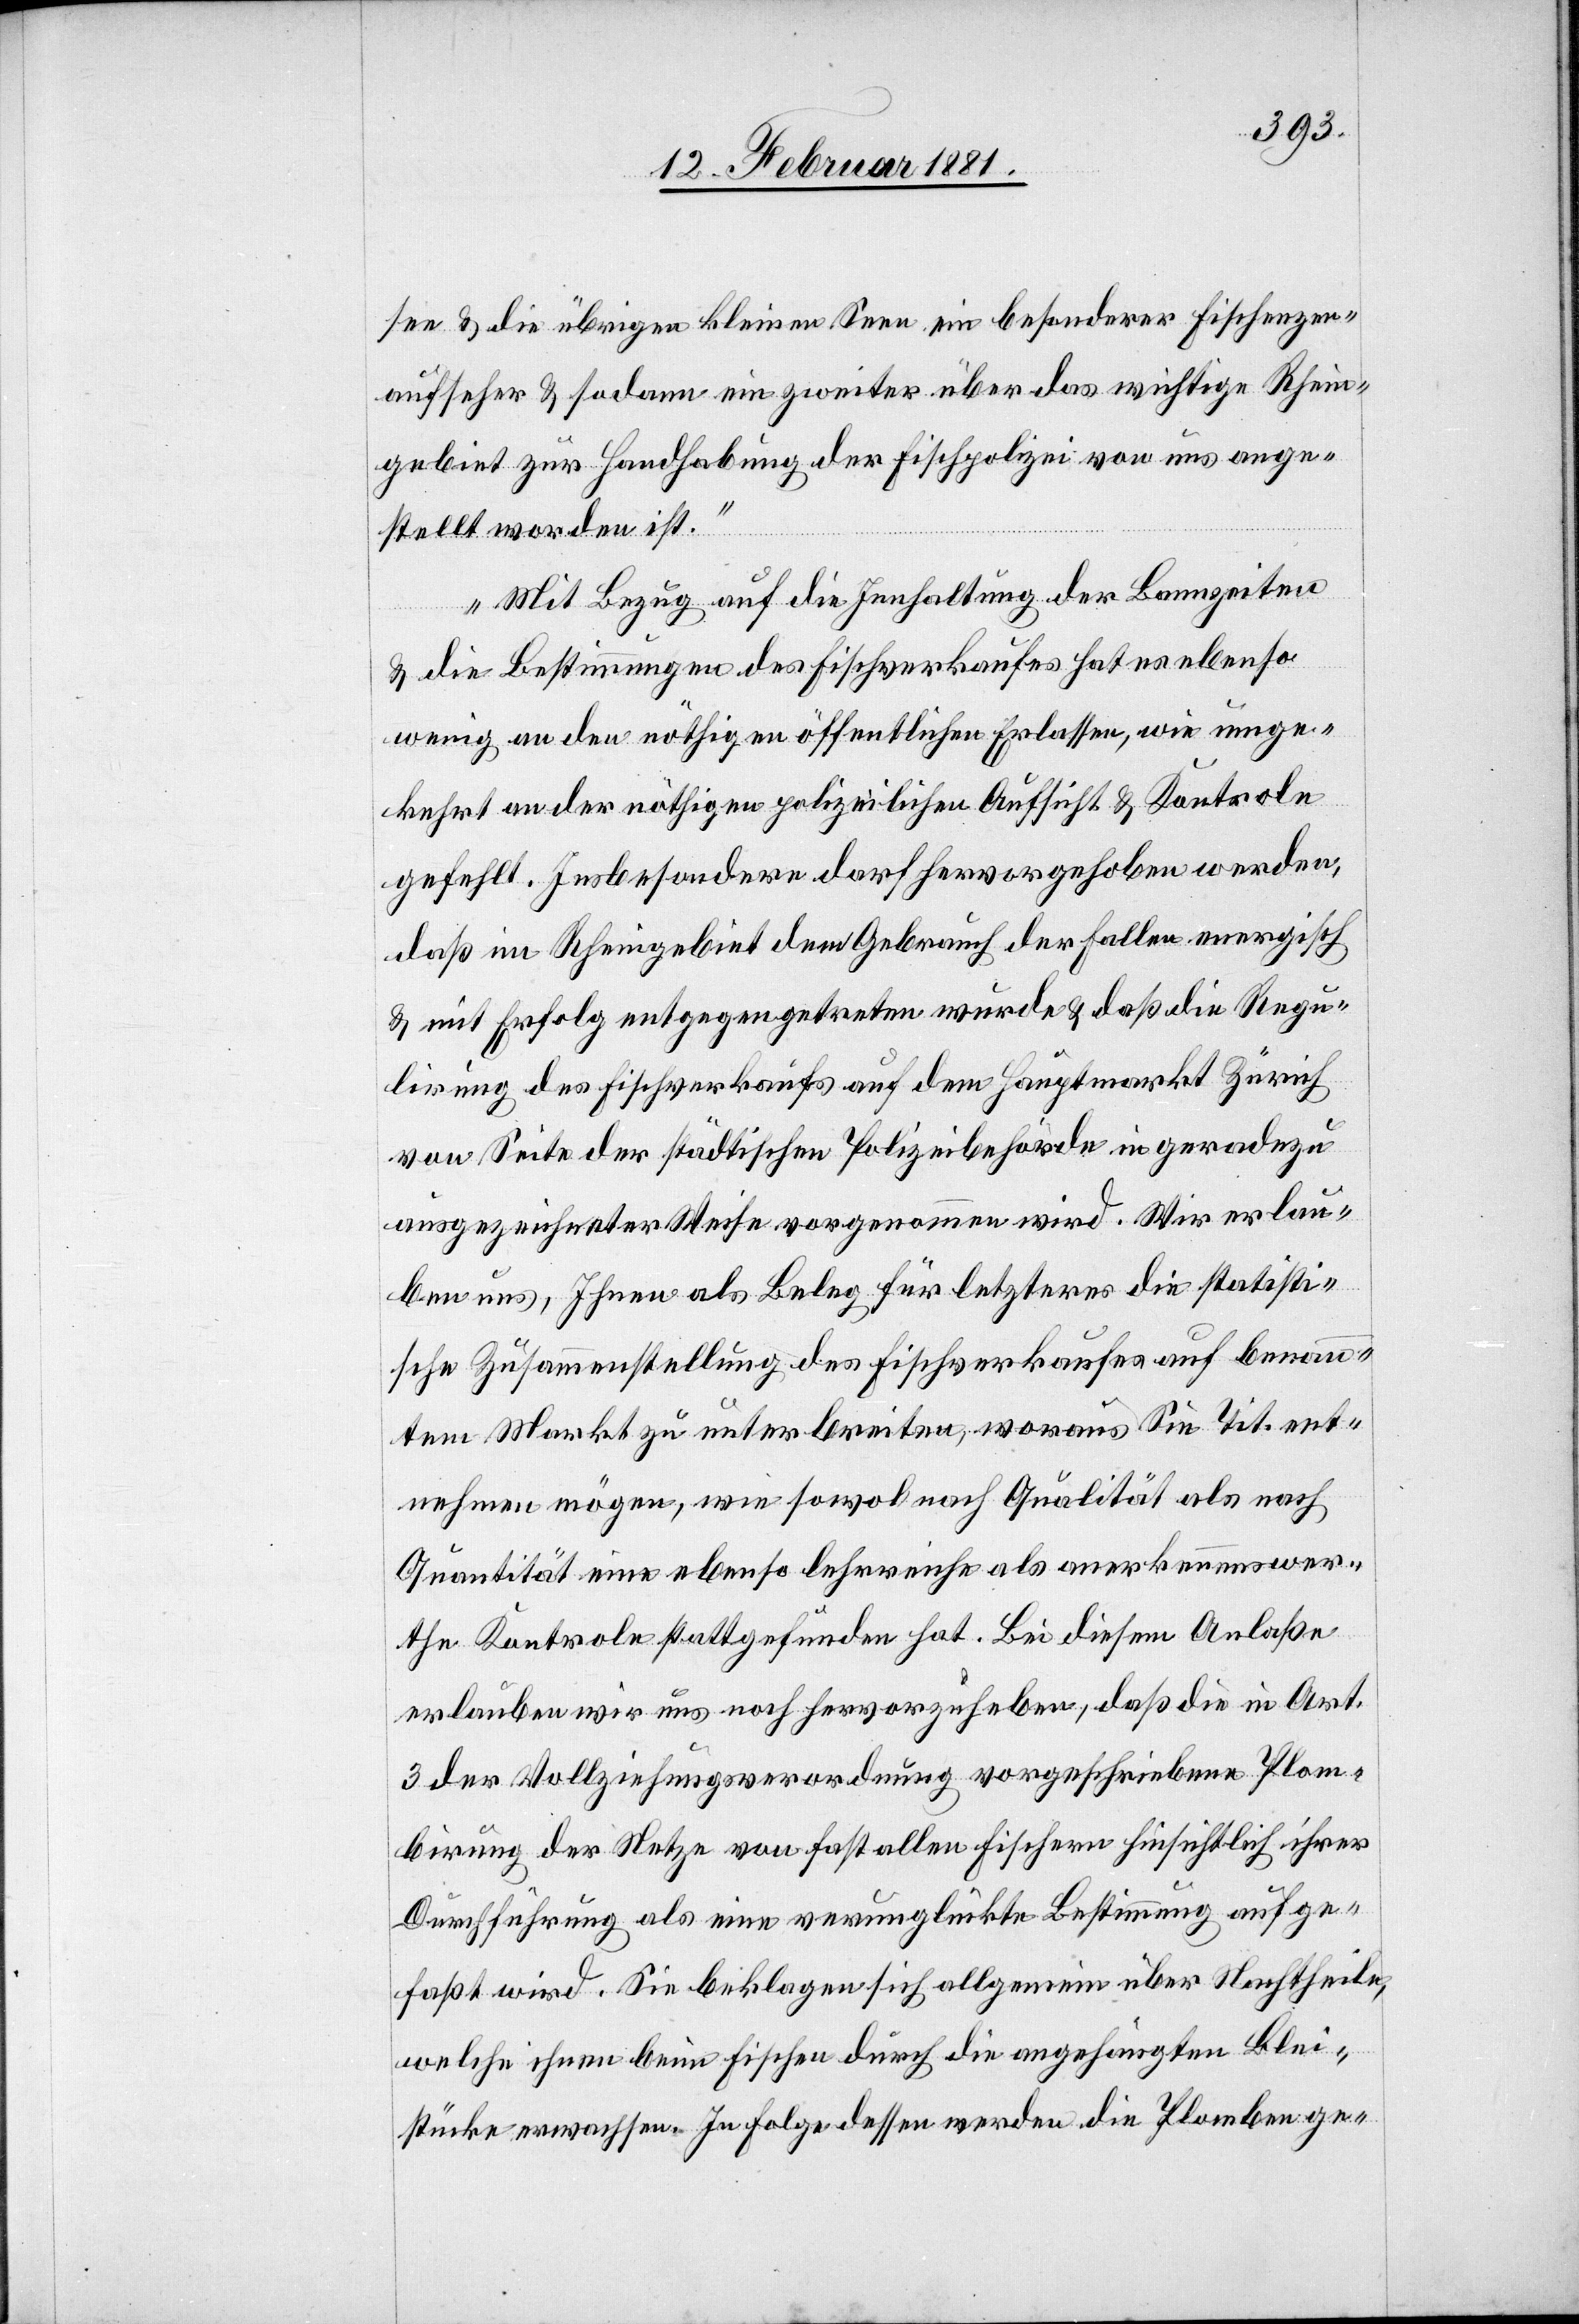
see & die übrigen kleinen Seen ein besonderer Fischenzen¬
aufseher & sodann ein zweiter über das wichtige Rhein¬
gebiet zur Handhabung der Fischpolizei von uns ange¬
stellt worden ist.
Mit Bezug auf die Innhaltung der Bannzeiten
& die Bestimmungen des Fischverkaufes hat es ebenso
wenig an den nöthigen öffentlichen Erlassen, wie umge¬
kehrt an der nöthigen polizeilichen Aufsicht & Kontrole
gefehlt. Insbesondere darf hervorgehoben werden,
daß im Rheingebiet dem Gebrauch der Fallen energisch
& mit Erfolg entgegengetreten wurde & daß die Regu¬
lirung des Fischverkaufs auf dem Hauptmarkt Zürich
von Seite der städtischen Polizeibehörden in geradezu
ausgezeichneter Weise vorgenommen wird. Wir erlau¬
ben uns, Ihnen als Beleg für letzteres die statisti¬
sche Zusammenstellung des Fischverkaufes auf benann¬
tem Markt zu unterbreiten, woraus Sie Tit. ent¬
nehmen mögen, wie sowol nach Qualität als nach
Quantität eine ebenso lehrreiche als anerkennenswer¬
the Kontrole stattgefunden hat. Bei diesem Anlaße
erlauben wir uns noch hervorzuheben, daß die in Art.
3 der Vollziehungsverordnung vorgeschriebene Plom¬
birung der Netze von fast allen Fischern hinsichtlich ihrer
Durchführung als eine verunglückte Bestimmung aufge¬
faßt wird. Sie beklagen sich allgemein über Nachtheile,
welche ihnen beim Fischen durch die angehängten Blei¬
stücke erwachsen. In Folge dessen werden die Plomben ge-